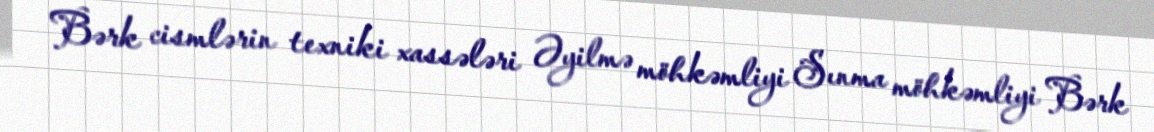
Bərk cismlərin texniki xassələri Əyilmə möhkəmliyi Sınma möhkəmliyi Bərk